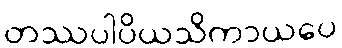
တဿပါပိယသိကာယပေ